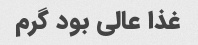
غذا عالی بود گرم